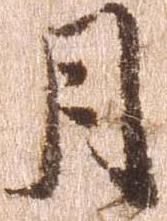
月